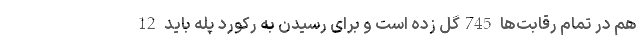
هم در تمام رقابت‌ها 745گل زده است و برای رسیدن به رکورد پله باید 12